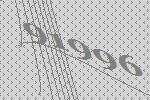
91996